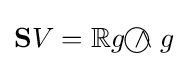
\mathbf {S} V=\mathbb {R} g{~\wedge \!\!\!\!\!\!\!\!\;\bigcirc ~}g